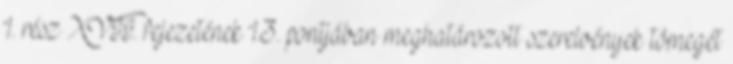
1. rész XVII. fejezetének 1.3. pontjában meghatározott szerelvények tömegét